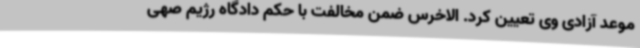
موعد آزادی وی تعیین کرد. الاخرس ضمن مخالفت با حکم دادگاه رژیم صهی